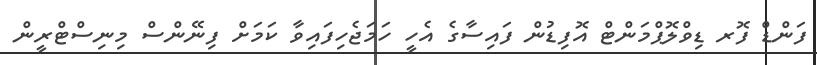
ފަންޑް ފޮރ ޑިވްލޮޕްމަންޓް އޮފިޑުން ފައިސާގެ އެހީ ހަމަޖެހިފައިވާ ކަމަށް ފިނޭންސް މިނިސްޓްރީން